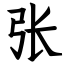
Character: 张